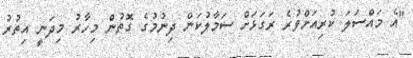
"އެ މައްސަލަ ކުރިއަށްވުރެ ރަގަޅަށް ސަމާލުކަން ދިނުމުގެ ގޮތުން މިހާރު މިދަނީ އިތުރު